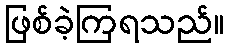
ဖြစ်ခဲ့ကြရသည်။